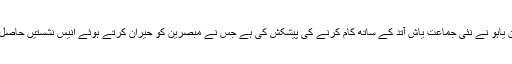
بنیامن نتن یاہو نے نئی جماعت یاش آتد کے ساتھ کام کرنے کی پیشکش کی ہے جس نے مبصرین کو حیران کرتے ہوئے انیس نشستیں حاصل کیں ہیں۔